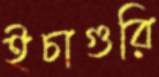
ইচাগুরি